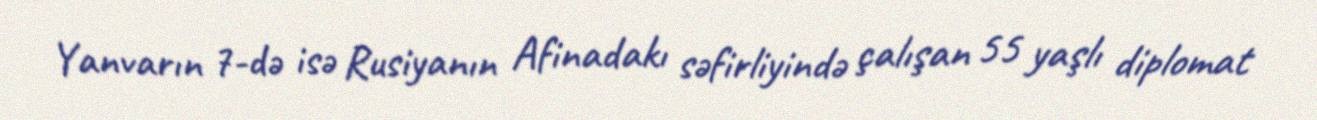
Yanvarın 7-də isə Rusiyanın Afinadakı səfirliyində çalışan 55 yaşlı diplomat